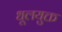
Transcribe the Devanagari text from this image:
धूलयुक्त